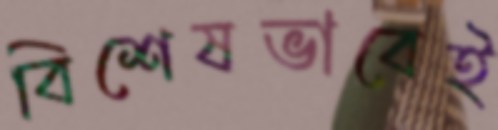
বিশেষভাবেই